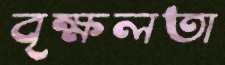
বৃক্ষলতা